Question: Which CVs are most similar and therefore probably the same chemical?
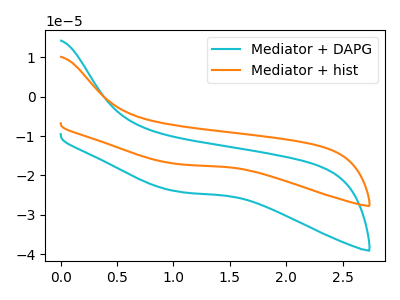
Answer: <think>The cyan curve "Mediator + DAPG" has no peaks. The orange curve "Mediator + hist" has no peaks.
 Neither "Mediator + DAPG" or "Mediator + hist" have any peaks.</think>
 <answer>"Mediator + hist" and "Mediator + DAPG" have the same shape and are likely CV's of the same chemical.</answer>
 <eval>"Mediator + hist" "Mediator + DAPG"</eval>